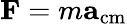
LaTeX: \mathbf{F}=m\mathbf{a}_{\mathrm{{cm}}}